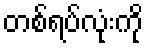
တစ်ရပ်လုံးကို